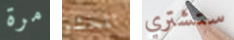
مرة المحشو ستشتري